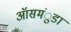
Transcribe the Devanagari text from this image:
ऑसमंुडा